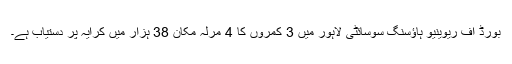
بورڈ آف ریوینیو ہاؤسنگ سوسائٹی لاہور میں 3 کمروں کا 4 مرلہ مکان 38 ہزار میں کرایہ پر دستیاب ہے۔